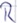
Text: R